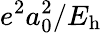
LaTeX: e^{2}a_{0}^{2}/E_{\mathrm{h}}